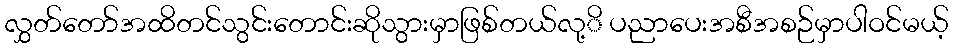
လွှတ်တော်အထိတင်သွင်းတောင်းဆိုသွားမှာဖြစ်တယ်လု့ိ ပညာပေးအစီအစဉ်မှာပါဝင်မယ့်